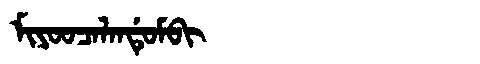
Manchu: ᠮᡳᠶᠣᠣᠴᠠᠯᠠᠨᡩᡠᠮᠪᡳ
Romanization: MIYOOCALANDUMBI